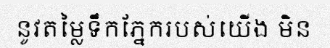
នូវតម្លៃទឹកភ្នែករបស់យើង មិន